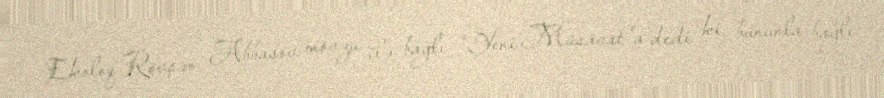
Ekoloq Rövşən Abbasov mövzu ilə bağlı “Yeni Müsavat”a dedi ki, bununla bağlı